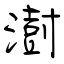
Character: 澍